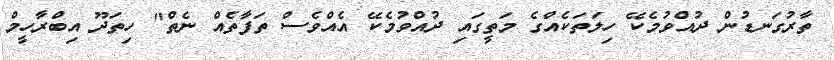
ތާރުގަނޑުން ދުއްވުމެކޭ ހިލަތަކެއްގެ މަތީގައި ދުއްވުމެކޭ އެއްވެސް ތަފާތެއް ނެތް" ހިތަދޫ އިބްރާހީމް